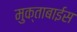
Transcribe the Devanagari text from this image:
मुक्ताबाईस